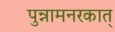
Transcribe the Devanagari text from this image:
पुन्नामनरकात्